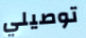
توصيلي